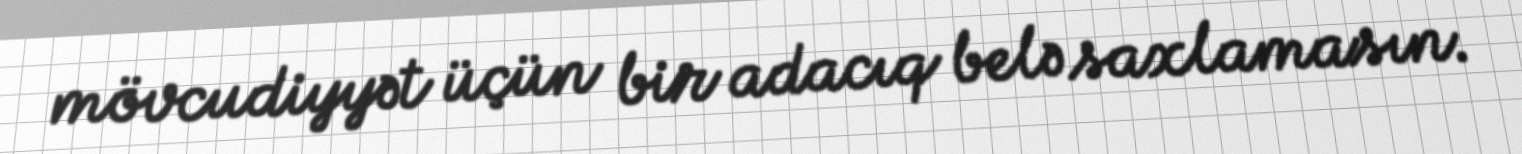
mövcudiyyət üçün bir adacıq belə saxlamasın.